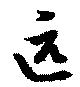
匹